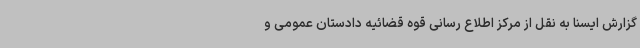
گزارش ایسنا به نقل از مرکز اطلاع رسانی قوه قضائیه دادستان عمومی و